Report on malaria in the Punjab during the year ...  together with an account of the work of the Punjab Malaria Bureau - Volume 2
Disease focus: Malaria
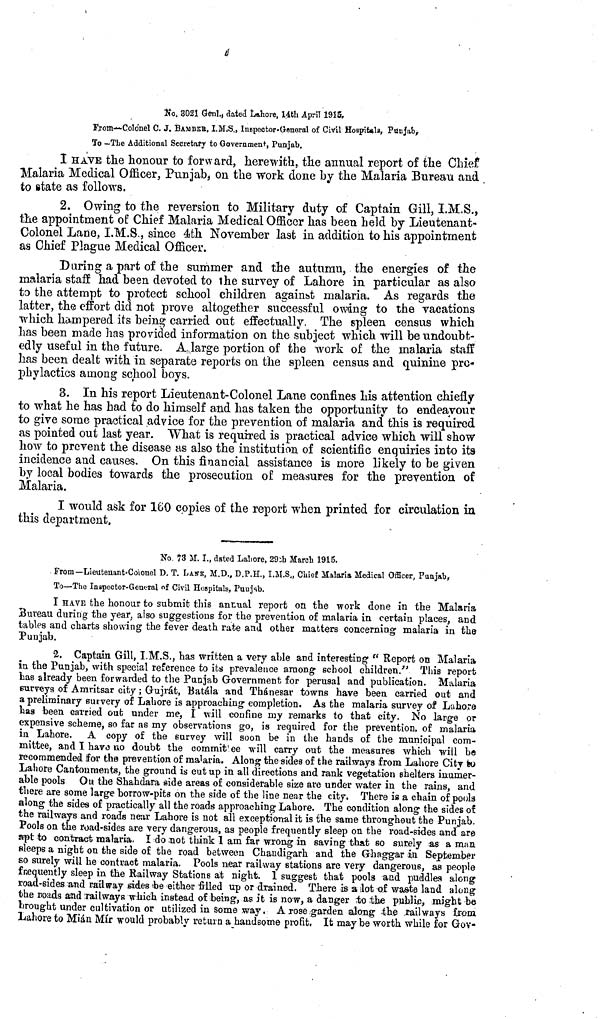
No. 3021 Genl., dated Lahore, 14th April 1915.
From-Colonel C. J. BAMBER, I.M ( S., Inspector-General of Civil Hospitals, Punjab,
To —The Additional Secretary to Government, Punjab.
I HAVE the honour to forward, herewith, the annual report of the Chief
Malaria Medical Officer, Punjab, on the work done by the Malaria Bureau and
to state as follows.
2. Owing to the reversion to Military duty of Captain Gill, I.M.S.,
the appointment of Chief Malaria Medical Officer has been held by Lieutenant-
Colonel Lane, I.M.S., since 4th November last in addition to his appointment
as Chief Plague Medical Officer.
During apart of the summer and the autumn, the energies of the
malaria staff had been devoted to the survey of Lahore in particular as also
ta the attempt to protect school children against malaria. As regards the
latter, the effort did not prove altogether successful owing to the vacations
which hampered its being carried out effectually. The spleen census which
has been made has provided information on the subject which will be undoubt-
edly useful in the future. A.large portion of the work of the malaria staff
has been dealt with in separate reports on the spleen census and quinine pro-
phylactics among school boys.
3. In his report Lieutenant-Colonel Lane confines his attention chiefly
to what he has had to do himself and has taken the opportunity to endeavour
to give some practical advice for the prevention of malaria and this is required
as pointed out last year. What is required is practical advice which will show
how to prevent the disease as also the institution of scientific enquiries into its
incidence and causes. On this financial assistance is more likely to be given
by local bodies towards the prosecution of measures for the prevention of
Malaria.
I would ask for 160 copies of the report when printed for circulation in,
this department.
No 73 M. I., dated Lahore, 29th March 1915.
From-Lieutenant-Colonel D. T. LANE, M.D., D.P.H., I.M.S., Chief Malaria Medical Officer, Punjab,
To—The Inspector-General of Civil Hospitals, Punjab.
I HAVE the honour to submit this annual report on the work done in the Malaria
Bureau during the year, also suggestions for the prevention of malaria in certain places, and
tables and charts showing the fever death rate and other matters concerning malaria in the
Punjab.
2. Captain Gill, I.M.S., has written a very able and interesting 1 " Report on Malaria
in the Punjab, with special reference to its prevalence among school children. This report
has already been forwarded to the Punjab Government for perusal and publication. Malaria
surveys of Amritsar city ; Gujrát, Batála and Thánesar towns have been carried out and
a preliminary survery of Lahore is approaching completion. As the malaria survey of Lahore
has been carried out under me, I will confine my remarks to that city. No large or
expensive scheme, so far as my observations go, is required for the prevention, of malaria
in Lahore. A copy of the survey will soon be in the hands of the municipal com-
mittee, and I have no doubt the commitee will carry out the measures which will be
recommended for the prevention of malaria. Along the sides of the railways from Lahore City fco
Lahore Cantonments, the ground is cut up in all directions and rank vegetation shelters inumer-
able pools Ou the Shahdara side areas of considerable size are under water in the rains, and
there are some large borrow-pits on the side of the line near the city. There is a chain of pools
along the sides of practically all the roads approaching Lahore. The condition along the sides of
the railways and roads near Lahore is not all exceptional it is the same throughout the Punjab.
Pools on the road-sides are very dangerous, as people frequently sleep on the road-sides and are
apt to contract malaria. I do not think I am far wrong in saving that so surely as a man.
sleeps a night on the side of the road between Chandigarh and the Ghaggar in September
so surely will he contract malaria. Pools near railway stations are very dangerous, as people
frequently sleep in the Railway Stations at night. 1 suggest that pools and puddles along
road-sides and railway sides be either filled up or drained. There is a lot of waste land along
the noads and railways which instead of being, as it is now, a danger to the public, might be
brought under cultivation or utilized in some way. A rose garden along the railways from
Lahore to Mián Mir would probably return a handsome profit, It may be worth while for Gov-